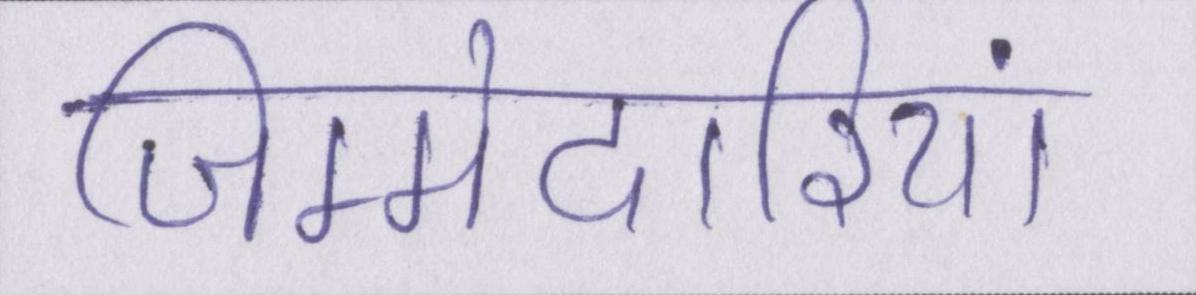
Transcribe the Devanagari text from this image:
जिम्मेदारियां